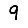
Digit: 9